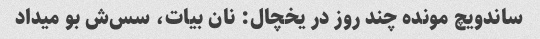
ساندویچ مونده چند روز در یخچال: نان بیات، سس‌ش بو میداد